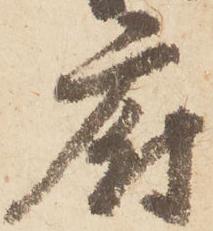
府